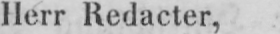
Herr Redacter,